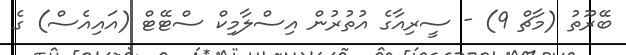
ބޭރޫތު (މާޗް 9) - ސީރިއާގެ އުތުރުން އިސްލާމިކް ސްޓޭޓް (އައިއެސް) ގެ